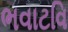
ભવાટવિ